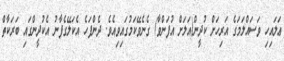
ޢަލައިހި ވަސައްލަމަގެ އަރިހަށް ކުދީން(އަލަށް އުފަންވާ) ގެނެވޭކަމުގައިވިއެވެ. ދެންފަހެ އެކަލޭގެފާނު އެކުދީންގައި ބަރަކާތް